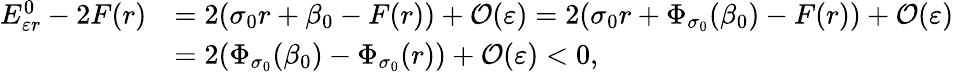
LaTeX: \begin{array}{rl}{E_{\varepsilon r}^{0}-2F(r)}&{=2(\sigma_{0}r+\beta_{0}-F(r))+\mathcal{O}(\varepsilon)=2(\sigma_{0}r+\Phi_{\sigma_{0}}(\beta_{0})-F(r))+\mathcal{O}(\varepsilon)}\\ &{=2(\Phi_{\sigma_{0}}(\beta_{0})-\Phi_{\sigma_{0}}(r))+\mathcal{O}(\varepsilon)<0,}\end{array}